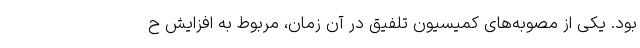
بود. یکی از مصوبه‌های کمیسیون تلفیق در آن زمان، مربوط به افزایش ح